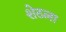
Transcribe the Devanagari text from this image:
शेठला